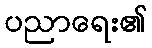
ပညာရေး၏